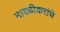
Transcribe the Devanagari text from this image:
नारळीकरांचे